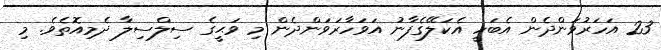
23 އަހަރުވަންދެން އެބަހީ އެކަލޭގެފާނު އަވަހާރަވަންދެން މި ވަޙީގެ ސިލްސިލާ ދެމިއޮތެވެ. މި